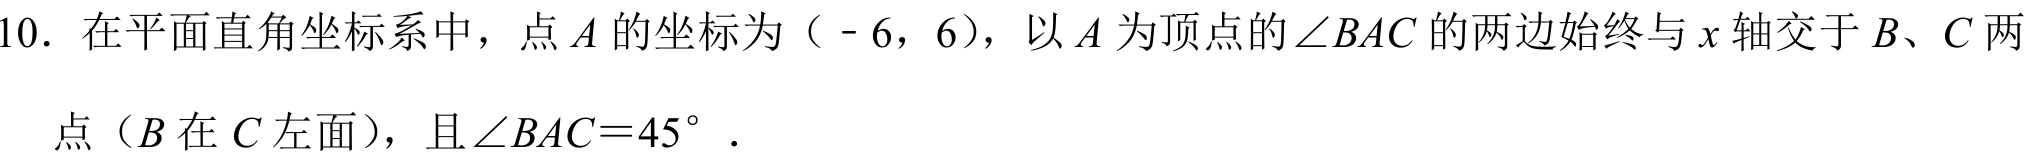
10. 在平面直角坐标系中，点 \(A\) 的坐标为（\(-6\)，\(6\)），以 \(A\) 为顶点的\(\angle BAC\) 的两边始终与 \(x\) 轴交于 \(B\)、\(C\) 两
点（\(B\) 在 \(C\) 左面），且\(\angle BAC = 45^{\circ}\) ．